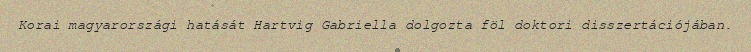
Korai magyarországi hatását Hartvig Gabriella dolgozta föl doktori disszertációjában.